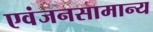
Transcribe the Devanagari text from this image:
एवंजनसामान्य